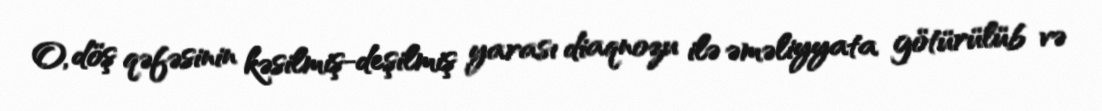
O, döş qəfəsinin kəsilmiş-deşilmiş yarası diaqnozu ilə əməliyyata götürülüb və